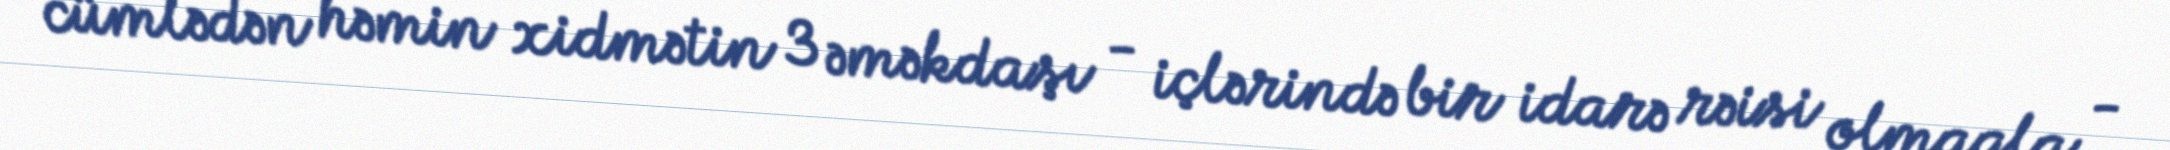
cümlədən həmin xidmətin 3 əməkdaşı - içlərində bir idarə rəisi olmaqla -